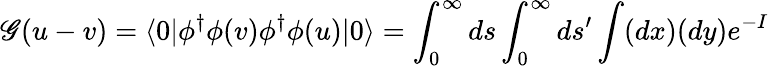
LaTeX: \mathscr{G}(u-v)=\langle0|\phi^{\dagger}\phi(v)\phi^{\dagger}\phi(u)|0\rangle=\int_{0}^{\infty}ds\int_{0}^{\infty}ds^{\prime}\int(dx)(dy)e^{-I}